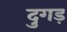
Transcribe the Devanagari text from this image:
दुगड़